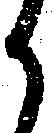
か